Report of the Hyderabad Chloroform Commission
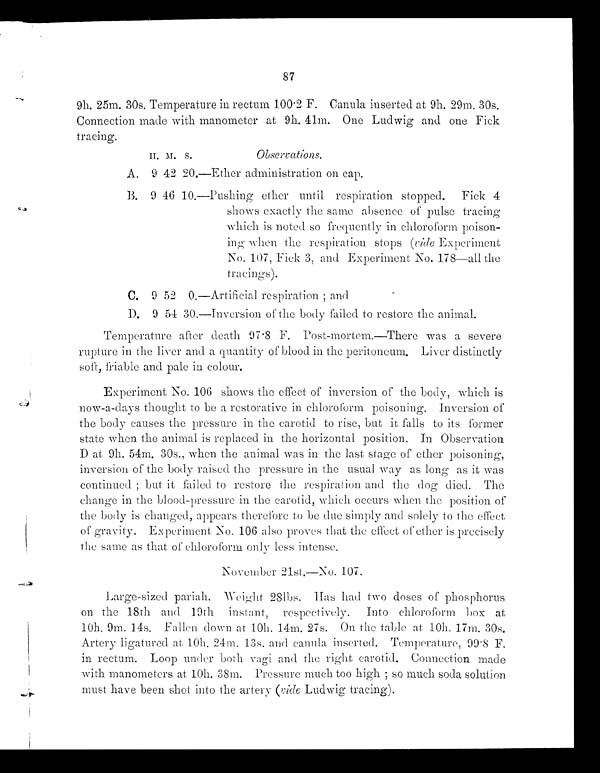
87
9h. 25m. 30s. Temperature in rectum 100 . 2 F. Canula inserted at 9h. 29m. 30s.
Connection made with manometer at 9h. 41m. One Ludwig and one Fick
tracing.
H. M. S
Observations.
A. 9 42 20.—Ether administration on cap.
B. 94610.—Pushing ether until respiration stopped. Fick 4
shows exactly the same absence of pulse tracing
which is noted so frequently in chloroform poison-
ing when the respiration stops (vide Experiment
NO. 107, Fick 3, and Experiment No.178—all the
tracings).
C. 9 52 0.—Artificial respiration ; and
D.
9 54 30.—Inversion of the body failed to restore the animal.
Temperature after death 97 . 8 F. Post-mortem.—There was a severe
rupture in the liver and a quantity of blood in the peritoneum. Liver distinctly
soft, friable and pale in colour.
Experiment No. 106 shows the effect of inversion of the body, which is
now-a-days thought to be a restorative in chloroform poisoning. Inversion of
the body causes the pressure in the carotid to rise, but it falls to its former
state when the animal is replaced in the horizontal position. In Observation
D at 9h. 54m. 30s., when the animal was in the last stage of ether poisoning,
inversion of the body raised the pressure in the usual way as long as it was
continued ; but it failed to restore the respiration and the dog died. The
change in the blood-pressure in the carotid, which occurs when the position of
the body is changed, appears therefore to be due simply and solely to the effect
of gravity. Experiment No. 106 also proves that the effect of ether is precisely
the same as that of chloroform only less intense.
November 21st.—No. 107.
Large-sized pariah. Weight 28lbs. Has had two doses of phosphorus
on the 18th and 19th instant, respectively. Into chloroform box at
10h. 9m. 14s. Fallen down at 10h. 14m. 27s. On the table at, 10h. 17m. 30s.
Artery ligatured at, 10h. 24m. 13s. and canula inserted. Temperature, 99.8 F.
in rectum. Loop under both vagi and the right carotid. Connection made
with manometers at 10h. 38m. Pressure much too high ; so much soda solution
must have been shot into the artery (vide Ludwig tracing).